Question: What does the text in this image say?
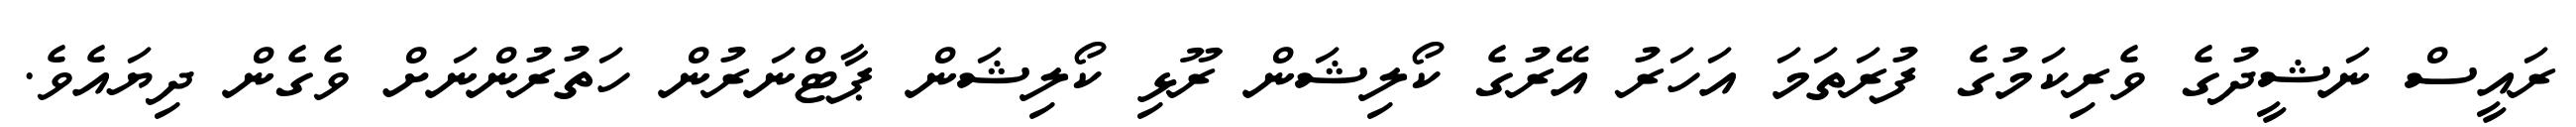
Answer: ރައީސް ނަޝީދުގެ ވެރިކަމުގެ ފުރަތަމަ އަހަރު އޭރުގެ ކޯލިޝަން ރޫޅި ކޯލިޝަން ޕާޓްނަރުން ހަތުރުންނަށް ވެގެން ދިޔައެވެ.